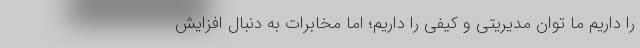
را داریم ما توان مدیریتی و کیفی را داریم؛ اما مخابرات به دنبال افزایش